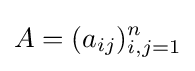
A=(a_{ij})_{i,j=1}^{n}